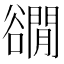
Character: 𧯎